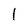
Character: 1